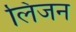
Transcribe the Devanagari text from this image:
लिजन